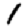
Digit: 1